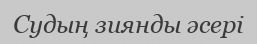
Судың зиянды әсері